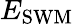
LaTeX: E_{\mathrm{SWM}}